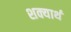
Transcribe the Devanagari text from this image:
शक्यार्थ